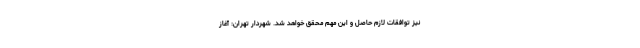
نیز توافقات لازم حاصل و این مهم محقق خواهد شد. شهردار تهران: آغاز